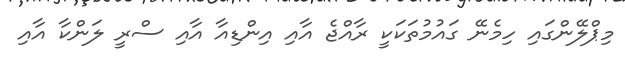
މިޕްލޭންގައި ހިމެނޭ ގައުމުތަކަކީ ރާއްޖެ އާއި އިންޑިއާ އާއި ސްރީ ލަންކާ އާއި